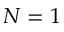
N = 1